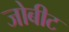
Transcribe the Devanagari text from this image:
जोबीट